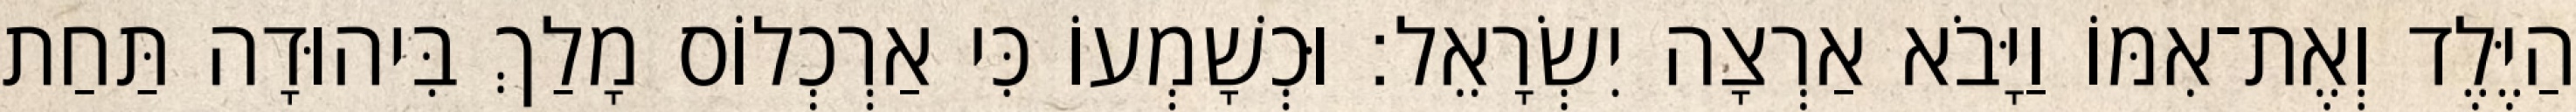
הַיֶּלֶד וְאֶת־אִמּוֹ וַיָּבֹא אַרְצָה יִשְׂרָאֵל׃ וּכְשָׁמְעוֹ כִּי אַרְכְלוֹס מָלַךְ בִּיהוּדָה תַּחַת